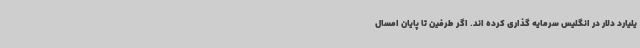
یلیارد دلار در انگلیس سرمایه گذاری کرده اند. اگر طرفین تا پایان امسال